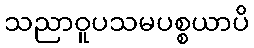
သညာဝူပသမပစ္စယာပိ